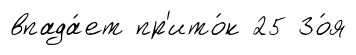
впада́ет пр'ито́к 25 Зо́я